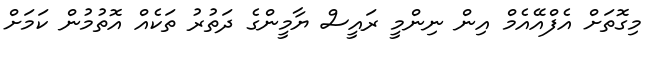
މިގޮތަށް އެފްއޭއެމް އިން ނިންމީ ރައީސް ޔާމީންގެ ދަތުރު ތަކެއް އޮތުމުން ކަމަށް